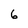
Character: 6